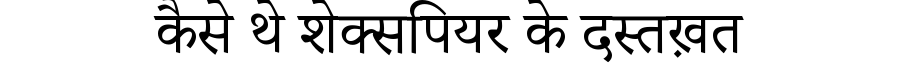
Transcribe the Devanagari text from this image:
कैसे थे शेक्सपियर के दस्तख़त